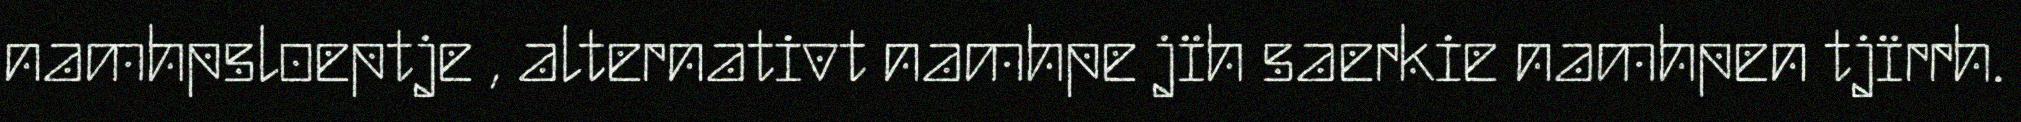
namhpsloeptje , alternativt namhpe jïh saerkie namhpen tjïrrh.